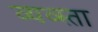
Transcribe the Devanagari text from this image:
व्यव्स्ता